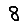
Digit: 8